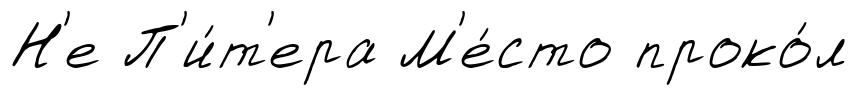
Н'е П'и́т'ера М'е́сто проко́л